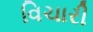
વિચારી